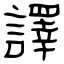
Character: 譯